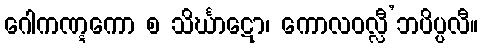
ဂေါကဏ္ဋကော စ သိင်္ဃာဋော၊ ကောလဝလ္လီ’ဘပိပ္ပလီ။